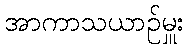
အာကာသယာဉ်မှူး